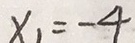
x _ { 1 } = - 4